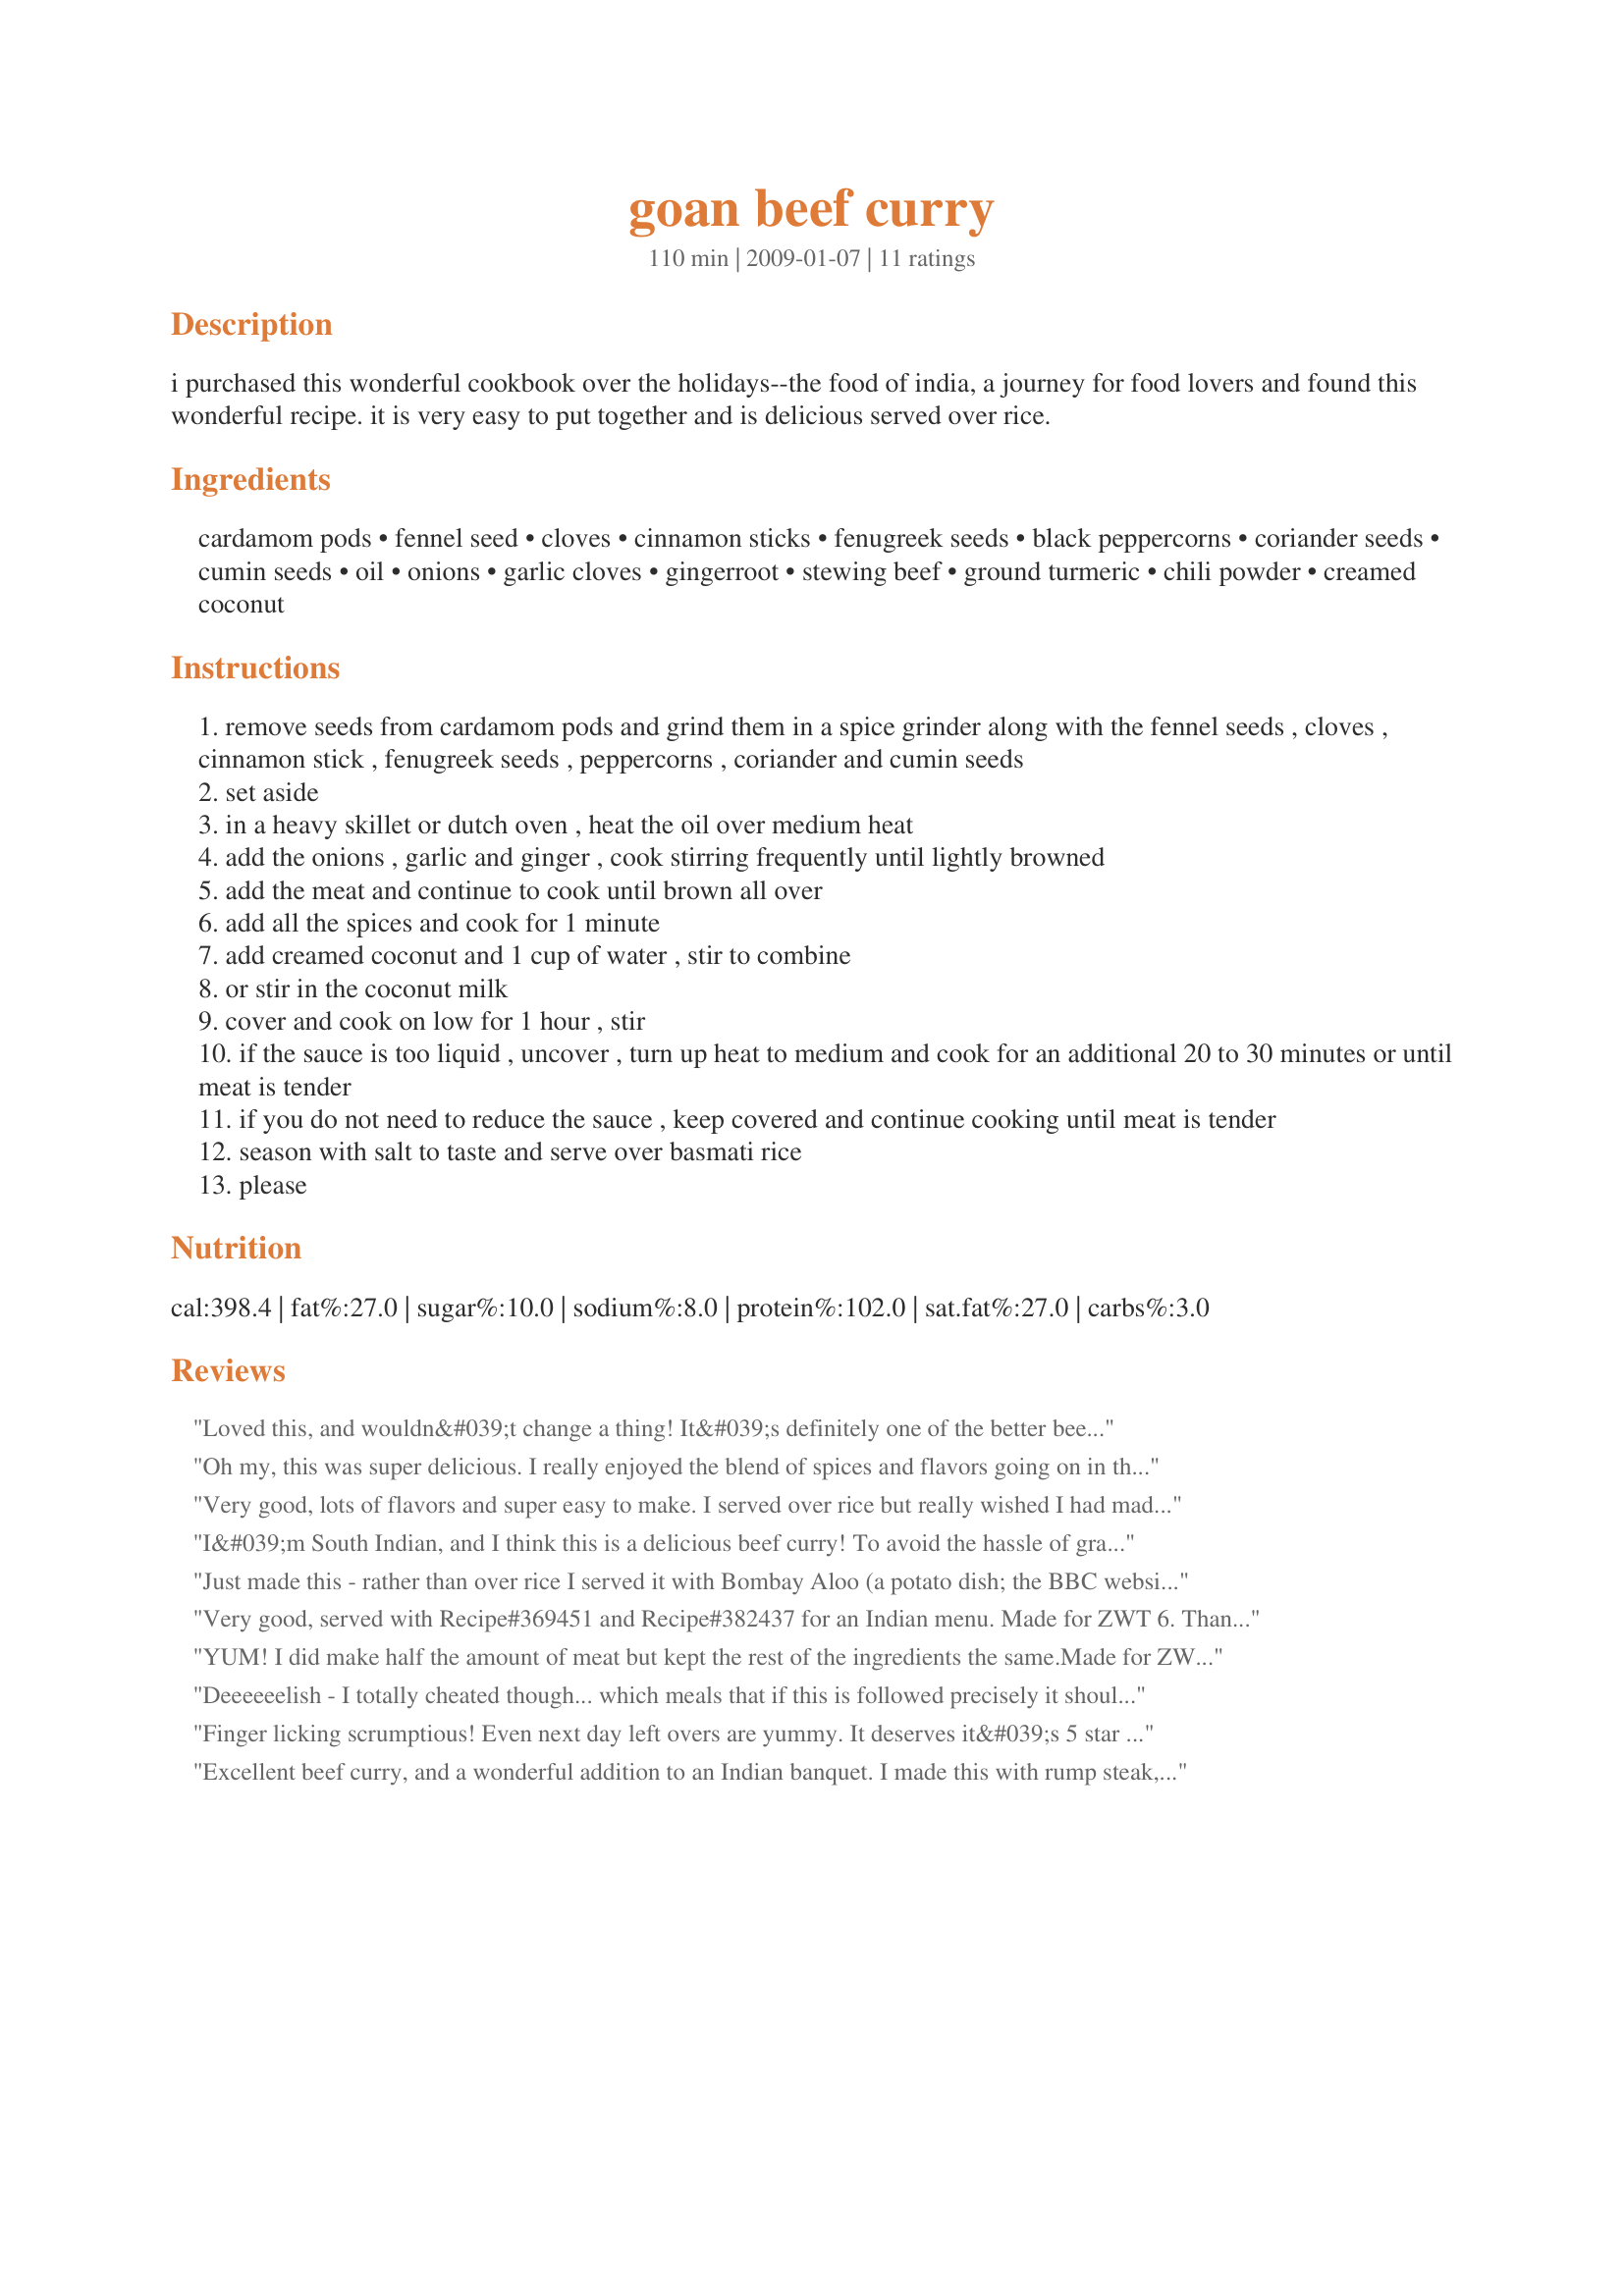
goan beef curry
Preparation time: 110 minutes

i purchased this wonderful cookbook over the holidays--the food of india, a journey for food lovers and found this wonderful recipe. it is very easy to put together and is delicious served over rice.

Ingredients:
cardamom pods, fennel seed, cloves, cinnamon sticks, fenugreek seeds, black peppercorns, coriander seeds, cumin seeds, oil, onions, garlic cloves, gingerroot, stewing beef, ground turmeric, chili powder, creamed coconut

Steps:
remove seeds from cardamom pods and grind them in a spice grinder along with the fennel seeds , cloves , cinnamon stick , fenugreek seeds , peppercorns , coriander and cumin seeds
set aside
in a heavy skillet or dutch oven , heat the oil over medium heat
add the onions , garlic and ginger , cook stirring frequently until lightly browned
add the meat and continue to cook until brown all over
add all the spices and cook for 1 minute
add creamed coconut and 1 cup of water , stir to combine
or stir in the coconut milk
cover and cook on low for 1 hour , stir
if the sauce is too liquid , uncover , turn up heat to medium and cook for an additional 20 to 30 minutes or until meat is tender
if you do not need to reduce the sauce , keep covered and continue cooking until meat is tender
season with salt to taste and serve over basmati rice
please

Reviews:
Loved this, and wouldn&#039;t change a thing! It&#039;s definitely one of the better beef curries that I&#039;ve tried. I made this a day in advance as I usually do with curries, and the flavors really mellowed and deepened after a night in the fridge. Delicious- thanks for posting.
Oh my, this was super delicious. I really enjoyed the blend of spices and flavors going on in this dish. I serve it over rice as suggested in the directions, and the sauce really flavored the plain basmati rice quite nicely. This dish was the highlight of my week. Thank you for sharing your recipe, PaulaG. Made for ZWT8.
Very good, lots of flavors and super easy to make. I served over rice but really wished I had made some Indian bread to go with it. Thanks for posting. ZWT6
I&#039;m South Indian, and I think this is a delicious beef curry! To avoid the hassle of grating the ginger, I threw the onions and ginger into the blender. Cooked those down first, and then added the garlic, so that the garlic wouldn&#039;t burn and taste bitter. I did my cooking in a pressure cooker, and once the meat was browned and the spices and creamed coconut added, I added only 1/4 cup of water, and pressure cooked it all for 30 minutes. After pressure cooking, I adjusted for salt, and added 1-2 Tbsp apple cider vinegar to brighten the flavor--it&#039;s not Goan without vinegar! A delightfully rich and tender beef curry!
Just made this - rather than over rice I served it with Bombay Aloo (a potato dish; the BBC website has a good recibe for it) and it was a resounding success. Many thanks
Very good, served with Recipe#369451 and Recipe#382437 for an Indian menu. Made for ZWT 6. Thanks you Paula for sharing.
YUM! I did make half the amount of meat but kept the rest of the ingredients the same.<br/>Made for ZWT #8 Lively Lemon Lovelies. Namaste
Deeeeeelish - I totally cheated though... which meals that if this is followed precisely it should be 10 star worthy! I used ALL dried ingredients (I live in Podunk Town right next to Middleofnowhere Valley, so my selection is very limited). 1.5 tsp ground cardamom; Fennel (same); 6 tsp ground cloves; 1 entire cinnamon stick; Fenugreek & Peppercorn (same); 3 tsp ground coriander and cumin; and 1.5 cup coconut milk (no water); the remainder stayed the same. Very very very tasty meal!
Finger licking scrumptious! Even next day left overs are yummy. It deserves it&#039;s 5 star rating. Thanks Paula for sharing. I am going to make this for the next house party with goat meat.
Excellent beef curry, and a wonderful addition to an Indian banquet. I made this with rump steak, so it was tender within 40 minutes. Because my lid wasn't very tight-fitting, I was almost out of liquid by then, so I added a bit extra coconut milk. I have a big crop of fresh Thai hot chillies, so used those in place of the chilli powder. Thanks for posting.
We eat lots of curries and our usual question is "would you be happy paying for this at the local Indian restaurant"?. This one received a resounding "YES" from both of us. It's fabulous. Like Paula says, it's super quick to put together (I think the hardest thing was finding the various seeds and spices in the pantry) and tastes wonderful I made it for the two of us with all the spices and liquid and half the oil and meat (we love lots of sauce). And I'm not fond of cinnamon and especially the sticks, so I just used half a teaspoon of powder.
